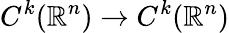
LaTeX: C^{k}(\mathbb{R}^{n})\to C^{k}(\mathbb{R}^{n})